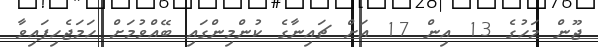
ޖޫން މަހުގެ 13 އިން 17 އަށް ޗައިނާގެ ކުންމިންގައި ބޭއްވުމަށް ހަމަޖެހިފައިވާ